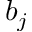
b _ { j }